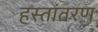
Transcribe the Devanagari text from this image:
हस्‍तांतरण